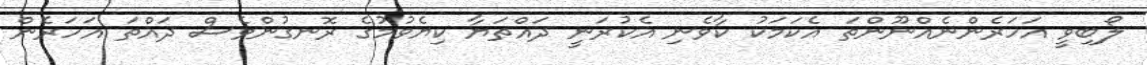
ލޯބިވީ އަހަރެންނެއްނޫންތަ އެކަމަކު ކާވެނި އެކުރަނީ ދައްތަޔާ ކިޔެވުމުގެ ރޮނގުންވެސް ދައްތަ އަހަރެން